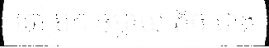
ទៅ មក ចម្ងាយ តិច ជាង